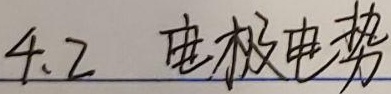
4.2 电极电势